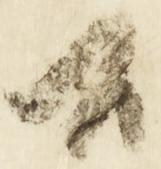
候